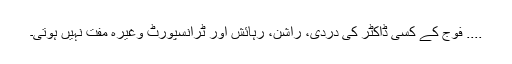
.... فوج کے کسی ڈاکٹر کی دردی، راشن، رہائش اور ٹرانسپورٹ وغیرہ مفت نہیں ہوتی۔